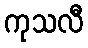
ကုသလီ